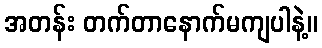
အတန်း တက်တာနောက်မကျပါနဲ့။